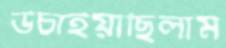
উচাইয়াছিলাম